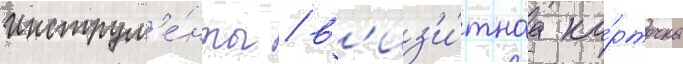
инструм'е́нты / в'из'и́тнаа ка́рточка